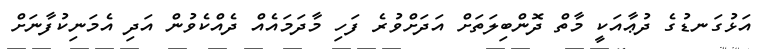
އަޅުގަނޑުގެ ދުޢާއަކީ މާތް ދޮންބިލަތަށް އަދަށްވުރެ ފަހި މާދަމައެއް ދެއްކެވުން އަދި އެމަނިކުފާނަށް